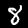
Digit: 8